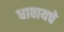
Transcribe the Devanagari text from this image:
धावायचे